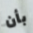
بأن